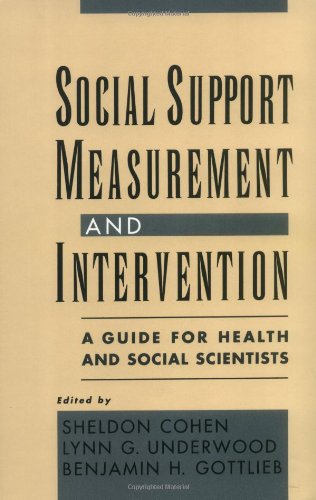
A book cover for Social Support Measurement and Intervention: A Guide for Health and Social Scientists; Medical Books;